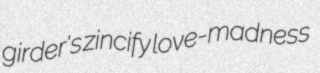
girder's zincify love-madness